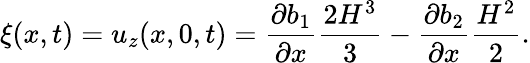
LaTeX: \xi(x,t)=u_{z}(x,0,t)=\frac{\partial b_{1}}{\partial x}\frac{2H^{3}}{3}-\frac{\partial b_{2}}{\partial x}\frac{H^{2}}{2}.